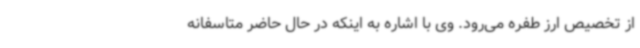
از تخصیص ارز طفره می‌رود. وی با اشاره به اینکه در حال حاضر متاسفانه